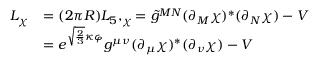
\begin{array} { l l } { { { \cal L } _ { \chi } } } & { { = ( 2 \pi R ) { \cal L } _ { 5 } , _ { \chi } = \tilde { g } ^ { M N } ( \partial _ { M } \chi ) ^ { * } ( \partial _ { N } \chi ) - V } } \\ { { } } & { { = e ^ { \sqrt { \frac 2 3 } \kappa \varphi } g ^ { \mu \nu } ( \partial _ { \mu } \chi ) ^ { * } ( \partial _ { \nu } \chi ) - V } } \end{array}